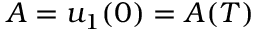
A = u _ { 1 } ( 0 ) = A ( T )